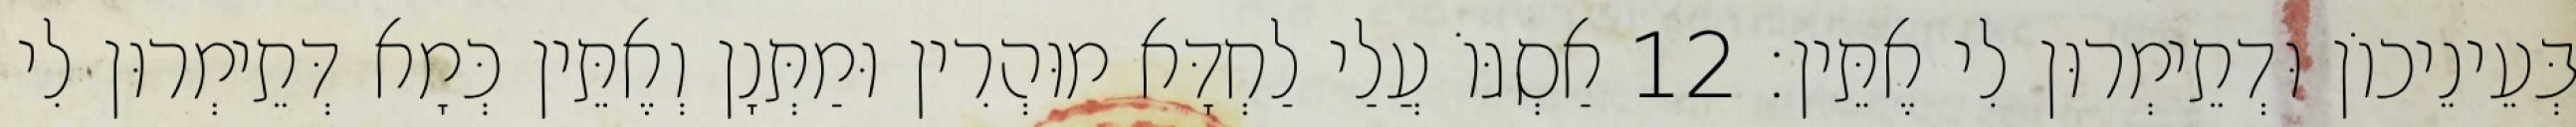
בְּעֵינֵיכוֹן וּדְתֵימְרוּן לִי אֶתֵּין׃ 12 אַסְגּוֹ עֲלַי לַחְדָּא מוּהְרִין וּמַתְּנָן וְאֶתֵּין כְּמָא דְּתֵימְרוּן לִי